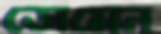
ডোমেন